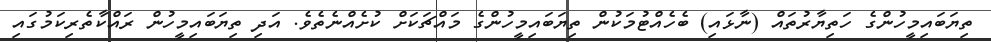
ތިޔަބައިމީހުންގެ ހަތިޔާރުތައް (ނާޅައި) ބެހެއްޓުމަކުން ތިޔަބައިމީހުންގެ މައްޗަކަށް ކުށެއްނެތެވެ. އަދި ތިޔަބައިމީހުން ރައްކާތެރިކަމުގައި